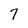
Character: 7